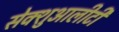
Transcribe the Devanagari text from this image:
सेक्शुआलीटी